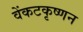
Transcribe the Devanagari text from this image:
वेंकटकृष्णन